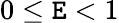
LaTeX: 0\le\mathtt{E}<1